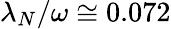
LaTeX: \lambda_{N}/\omega\cong 0.072